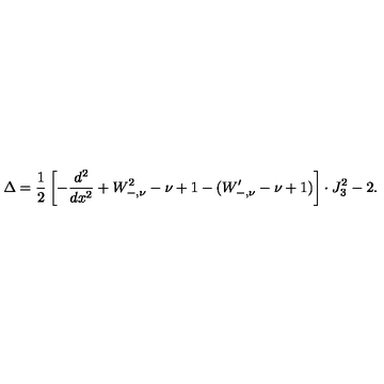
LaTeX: \Delta = \frac { 1 } { 2 } \left[ - \frac { d ^ { 2 } } { d x ^ { 2 } } + W _ { - , \nu } ^ { 2 } - \nu + 1 - ( W _ { - , \nu } ^ { \prime } - \nu + 1 ) \right] \cdot J _ { 3 } ^ { 2 } - 2 .